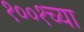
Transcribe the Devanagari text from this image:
१००१च्या